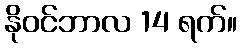
နိုဝင်ဘာလ 14 ရက်။